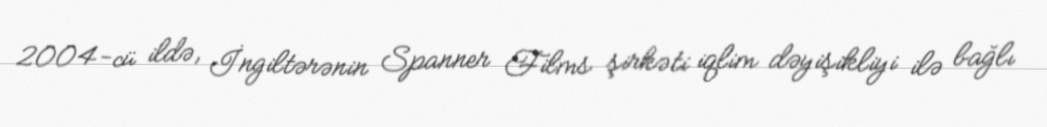
2004-cü ildə, İngiltərənin Spanner Films şirkəti iqlim dəyişikliyi ilə bağlı